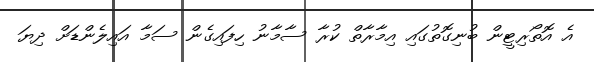
އެ އޮތޯރިޓީން ބުނިގޮތުގައި އިމާރާތް ކުރާ ސާމާނު ހިފައިގެން ސަމާ އައިލެންޑަށް ދިޔަ